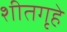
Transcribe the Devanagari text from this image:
शीतगृहे